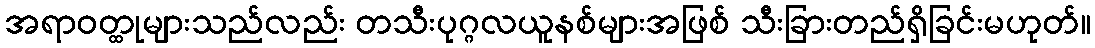
အရာဝတ္ထုများသည်လည်း တသီးပုဂ္ဂလယူနစ်များအဖြစ် သီးခြားတည်ရှိခြင်းမဟုတ်။